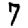
Digit: 7